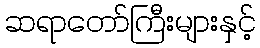
ဆရာတော်ကြီးများနှင့်